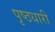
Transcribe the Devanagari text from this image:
पृष्ठधारी